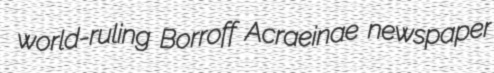
world-ruling Borroff Acraeinae newspaper